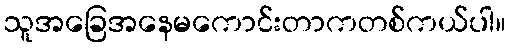
သူအခြေအနေမကောင်းတာကတစ်ကယ်ပါ။